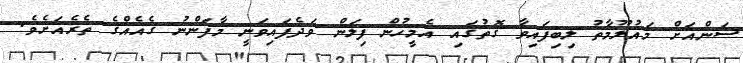
ސަންއަށް މައުލޫމާތު ލިބިފައިވާ ގޮތުގައި އެމީހުން ފިލަން ވަދެފައިވަނީ މާފަންނު ގެއެއްގެ ތެރެއަށެވެ.